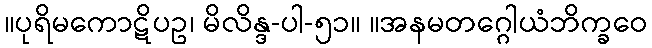
။ပုရိမကောဋိပဥ၊ မိလိန္ဒ-ပါ-၅၁။ ။အနမတဂ္ဂေါယံဘိက္ခဝေ